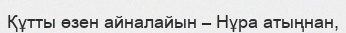
Құтты өзен айналайын – Нұра атыңнан,